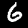
Digit: 6